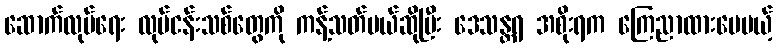
ဆောက်လုပ်ရေး လုပ်ငန်းသစ်တွေကို ကန့်သတ်မယ်ဆိုပြီး ဒေသန္တရ အစိုးရက ကြေညာထားပေမယ့်